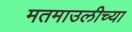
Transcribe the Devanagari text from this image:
मतमाउलीच्या